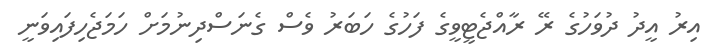
އިރު އީދު ދުވަހުގެ ރޭ ރާއްޖެޓީވީގެ ފަހުގެ ހަބަރު ވެސް ގެނަސްދިނުމަށް ހަމަޖެހިފައިވަނީ